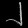
Digit: ၂